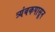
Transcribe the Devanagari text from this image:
त्र्यंबकपासून